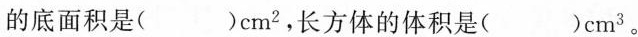
的底面积是()cm^{2}，长方体的体积是()cm^{3}。